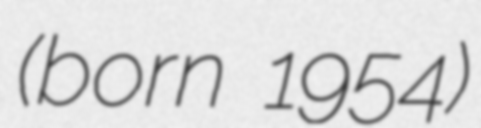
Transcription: (born 1954)